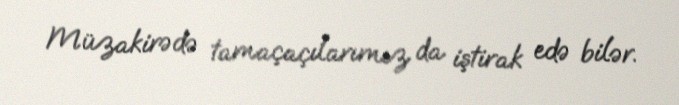
Müzakirədə tamaçaçılarımız da iştirak edə bilər.